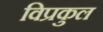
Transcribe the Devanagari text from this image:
विप्रकुल